Account of plague administration in the Bombay Presidency from September 1896 till May 1897
Year: 1896
Disease focus: Plague
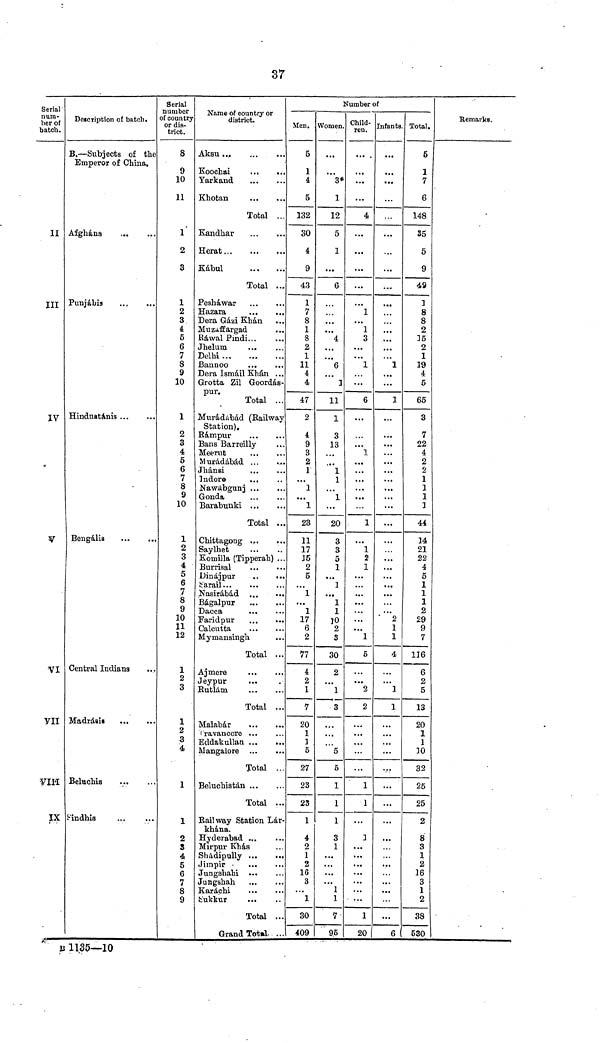
37
Serial
num-
ber of
batch.
II
IV
V
VI
VII
VIII
IX
Description of batch.
B. — Subjects of tlie
Emperor of China,
Afghans
Punjabis
Hindustanis
Bengalis
Central Indians
Madras!·
Beluchis
Findhis
Serial
number
of countrj
or dis-
trict.
8
9
10
11
1
2
3
1
2
3
4
6
6
7
8
9
10
1
2
3
4
5
6
7
8
9
10
1
2
3
4
5
6
7
8
9
10
11
12
1
2
3
1
2
3
4
1
1
2
δ
4
5
6
7
8
9
Name of country or
r
district.
Aksu
Koochai
Yarkand
Khotan
Total ...
Kandhar
Herat
Kabul
Total ...
Peshawar
Hazara
...
...
Dera Gazi Khan
Muzuffargad
KàvvalPmdi
Jheluin
Delhi
Bannoo
...
...
Dera Ismail Khan ...
Grotta Zii Goordàs-
pur.
Total ...
Muràdabad (Eailway
Station).
Ràmpur
Bans Barreilly
Meerut
Muràdabàd
Jhansi
...
Indoro
...
Nawàbgunj
Gonda
Barabunki
Total ..
Chittagong
Saylhet
Komilla (Tipperah) ..
Bur risai
Dina] pur
fc'arail
Nasiràbàd ...
...
Bàgalpur
Dacca
Faridpur
Calcutta
Mymansingh
Total ...
Ajmere
Jeypur
...
Butlàm
Total ...
Malabar
f'ravancore ...
Eddakullan ...
...
Mangalore
Total ..
Beluchistàn
Total ...
Eailway Station Lar-
khàna.
Hyderabad ...
Mirpur Khàs
Shàdipully
Jimpir ·
...
Jungshahi
Jungshah
Karachi
b'ukkur
...
Total ..
Grand Total . .
Number of
Men.
5
1
i
5
132
30
4
9
43
1
7
8
1
8
2
1
11
4
4
47
2
4
9
3
2
1
"Ί
...
1
23
11
17
J5
2
5
1
...
1
17
6
2
77
4
2
1
7
20
1
3
6
27
23
23
1
4
2
1
2
16
3
...
1
30
409
Women.
• · .
3*
1
12
5
1
...
6
f m
4
*6
'" 1
11
1
3
13
...
"l
1
1
...
20
3
3
5
1
...
3
...
1
1
10
2
3
30
2
"l
3
...
...
'"δ
δ
1
1
1
3
1
...
...
...
...
1
1
7
95
Child-
ren.
• ..
...
...
4
...
...
...
...
Ί
"l
3
...
• .·
1
• * .
6
·· .
1
...
...
...
...
1
...
1
2
1
...
...
...
...
...
...
1
5
. ..
...
2
2
...
...
...
1
1
• . .
1
...
...
...
...
...
...
1
20
Infants.
...
...
...
...
...
...
...
!"
" 1
..!
1
...
...
. ..
...
...
...
...
...
...
...
...
...
...
...
...
...
2
1
1
4
• ·.
·.· 1
1
...
...
...
...
...
...
...
...
...
...
...
...
6
Total.
5
1
7
6
148
35
5
9
49
1
8
8
2
35
2
1
19
4
6
65
3
7
22
4
2
2
1
1
1
1
44
34
21
22
4
5
1
1
1
2
29
9
7
116
6
2
5
13
20
1
1
30
32
25
25
2
8
3
1
2
16
3
1
2
38
530
Remarks.
u 1135—10